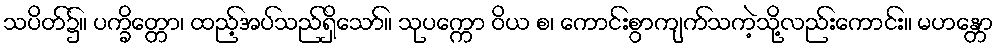
သပိတ်၌။ ပက္ခိတ္တော၊ ထည့်အပ်သည်ရှိသော်။ သုပက္ကော ဝိယ စ၊ ကောင်းစွာကျက်သကဲ့သို့လည်းကောင်း။ မဟန္တော